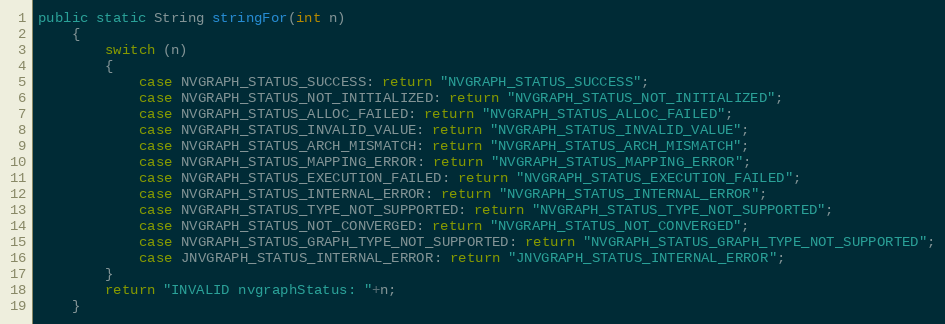
Language: Java
public static String stringFor(int n)
    {
        switch (n)
        {
            case NVGRAPH_STATUS_SUCCESS: return "NVGRAPH_STATUS_SUCCESS";
            case NVGRAPH_STATUS_NOT_INITIALIZED: return "NVGRAPH_STATUS_NOT_INITIALIZED";
            case NVGRAPH_STATUS_ALLOC_FAILED: return "NVGRAPH_STATUS_ALLOC_FAILED";
            case NVGRAPH_STATUS_INVALID_VALUE: return "NVGRAPH_STATUS_INVALID_VALUE";
            case NVGRAPH_STATUS_ARCH_MISMATCH: return "NVGRAPH_STATUS_ARCH_MISMATCH";
            case NVGRAPH_STATUS_MAPPING_ERROR: return "NVGRAPH_STATUS_MAPPING_ERROR";
            case NVGRAPH_STATUS_EXECUTION_FAILED: return "NVGRAPH_STATUS_EXECUTION_FAILED";
            case NVGRAPH_STATUS_INTERNAL_ERROR: return "NVGRAPH_STATUS_INTERNAL_ERROR";
            case NVGRAPH_STATUS_TYPE_NOT_SUPPORTED: return "NVGRAPH_STATUS_TYPE_NOT_SUPPORTED";
            case NVGRAPH_STATUS_NOT_CONVERGED: return "NVGRAPH_STATUS_NOT_CONVERGED";
            case NVGRAPH_STATUS_GRAPH_TYPE_NOT_SUPPORTED: return "NVGRAPH_STATUS_GRAPH_TYPE_NOT_SUPPORTED";
            case JNVGRAPH_STATUS_INTERNAL_ERROR: return "JNVGRAPH_STATUS_INTERNAL_ERROR";
        }
        return "INVALID nvgraphStatus: "+n;
    }